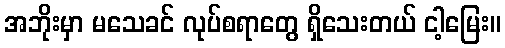
အဘိုးမှာ မသေခင် လုပ်စရာတွေ ရှိသေးတယ် ငါ့မြေး။